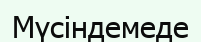
Мүсіндемеде